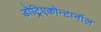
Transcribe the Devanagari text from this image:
डोट्रिएकोन्टानॉल